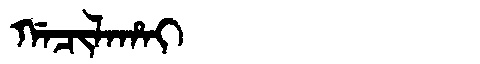
Manchu: ᡤᠠᠴᡳᠯᠠᡥᠠᡳ
Romanization: GACILAHAI